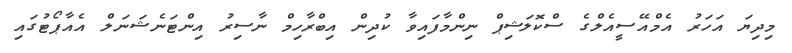
މިދިޔަ އަހަރު އެމްއޭސީއެލްގެ ސްކޮލަޝިޕް ނިންމާފައިވާ ކުދިން އިބްރާހިމް ނާސިރު އިންޓަނެޝަނަލް އެއާޕޯޓުގައި